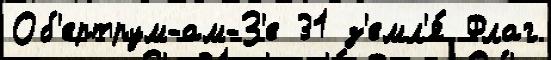
Об'ертрум-ам-З'е 31 з'емл'я́ Флаг